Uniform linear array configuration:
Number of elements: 32
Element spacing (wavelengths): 0.5
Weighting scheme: cosine
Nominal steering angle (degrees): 15
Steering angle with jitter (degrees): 14.485
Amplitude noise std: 0.05
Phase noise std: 0.05

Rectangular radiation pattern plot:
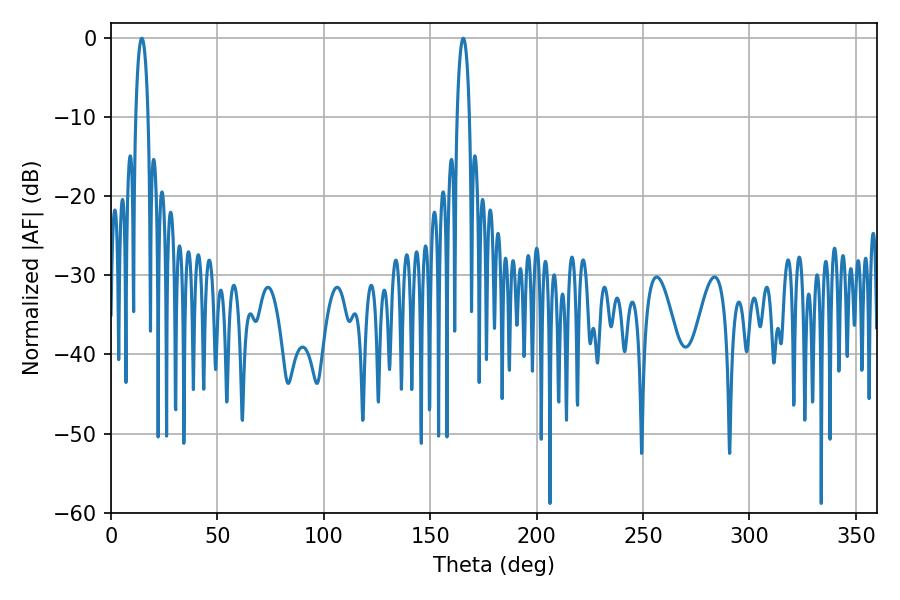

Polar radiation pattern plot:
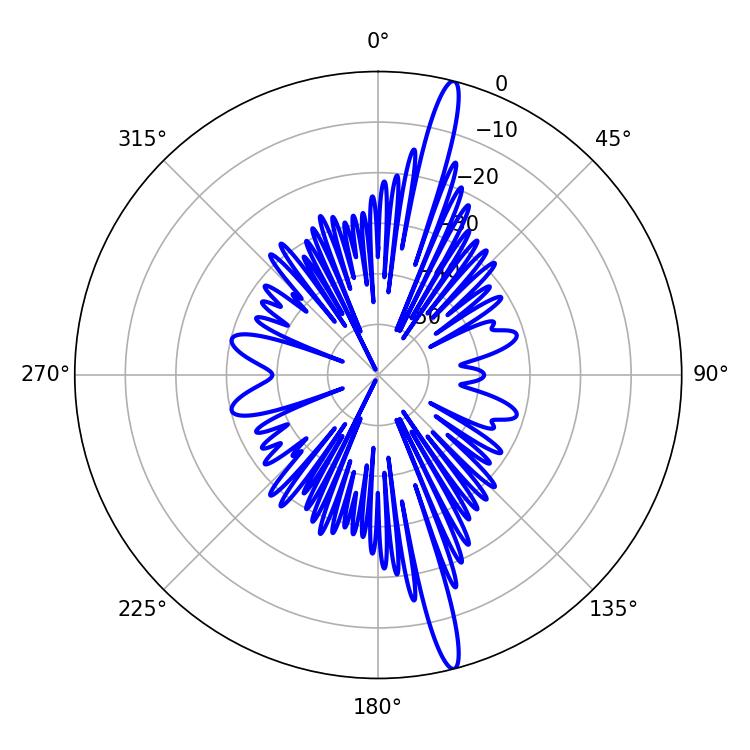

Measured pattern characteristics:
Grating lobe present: FALSE
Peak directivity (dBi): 17.949
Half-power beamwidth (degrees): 3.42
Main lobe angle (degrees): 14.4